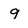
Character: 9